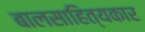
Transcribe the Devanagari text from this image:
बालसाहित्‍यकार